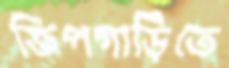
জিপগাড়িতে